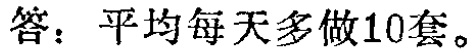
答：平均每天多做10套。